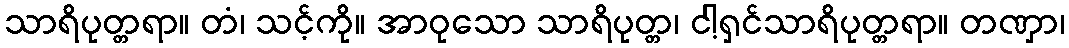
သာရိပုတ္တရာ။ တံ၊ သင့်ကို။ အာဝုသော သာရိပုတ္တ၊ ငါ့ရှင်သာရိပုတ္တရာ။ တဏှာ၊